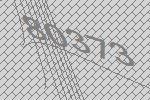
80373